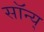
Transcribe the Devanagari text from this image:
सॉन्य्